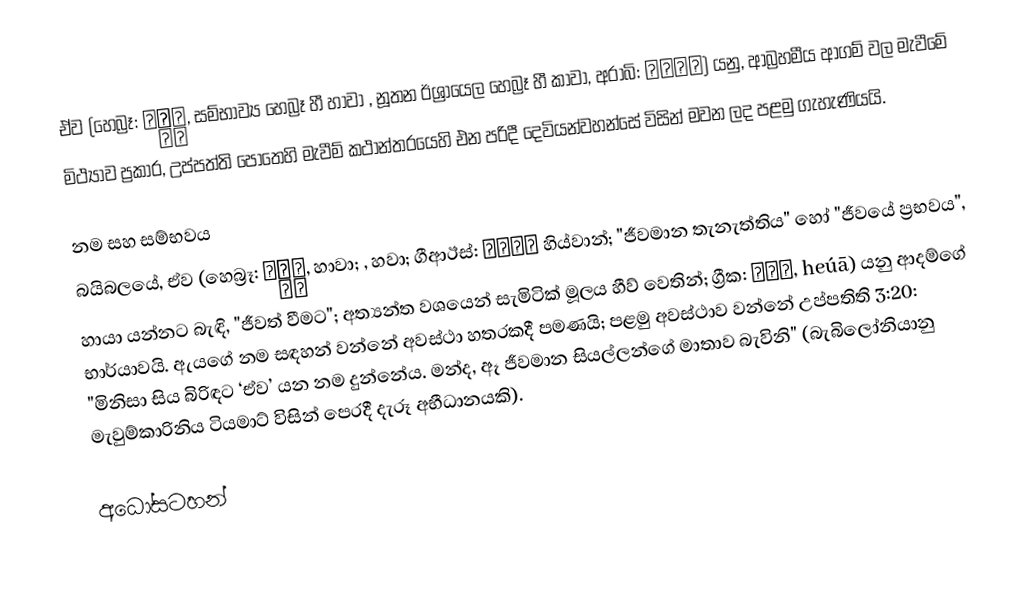
ඒව (හෙබ්‍රෑ: חַוָּה‎,  සම්භාව්‍ය හෙබ්‍රෑ හී හාවා ,  නූතන ඊශ්‍රායෙල හෙබ්‍රෑ හී කාවා, අරාබි: حواء‎) යනු, ආබ්‍රහමීය ආගම් වල  මැවීමේ මිථ්‍යාව ප්‍රකාර,   උප්පත්ති පොතෙහි මැවීම් කථාන්තරයෙහි එන පරිදී  දෙවියන්වහන්සේ විසින් මවන ලද පළමු ගැහැණියයි.

නම සහ සම්භවය
බයිබලයේ, ඒව  (හෙබ්‍රෑ: חַוָּה, හාවා; , හවා; ගීආඊස්: ሕይዋን හිය්වාන්; "ජීවමාන තැනැත්තිය" හෝ  "ජීවයේ ප්‍රභවය",  හායා යන්නට බැඳි, "ජීවත් වීමට"; අත්‍යන්ත වශයෙන්  සැමිටික් මූලය  හීව් වෙතින්; ග්‍රීක: Εὕα, heúā) යනු  ආදම්ගේ භාර්යාවයි. ඇයගේ නම සඳහන් වන්නේ අවස්ථා හතරකදී පමණයි; පළමු අවස්ථාව වන්නේ  උප්පතිති  3:20: "මිනිසා සිය බිරිඳට ‘ඒව’ යන නම දුන්නේය. මන්ද, ඈ ජීවමාන සියල්ලන්ගේ මාතාව බැවිනි" (බැබිලෝනියානු  මැවුම්කාරිනිය ටියමාට් විසින් පෙරදී දැරූ අභීධානයකි).

අධෝසටහන්